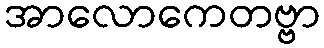
အာလောကေတဗ္ဗာ